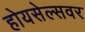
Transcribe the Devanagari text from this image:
होयसेल्सवर